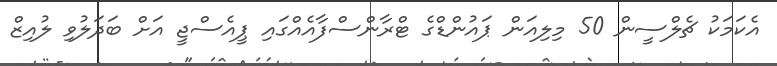
އެކަމަކު ޗެލްސީން 50 މިލިއަން ޕައުންޑްގެ ޓްރާންސްފާއެއްގައި ޕީއެސްޖީ އަށް ބަދަލުވި ލުއިޒް